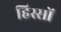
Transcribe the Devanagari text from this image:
हिस्सों